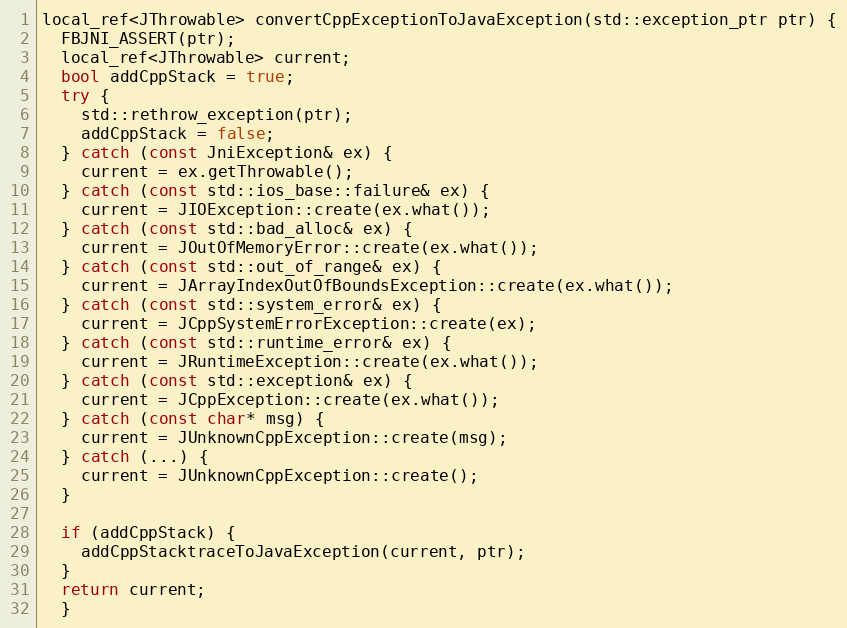
Language: C++
local_ref<JThrowable> convertCppExceptionToJavaException(std::exception_ptr ptr) {
  FBJNI_ASSERT(ptr);
  local_ref<JThrowable> current;
  bool addCppStack = true;
  try {
    std::rethrow_exception(ptr);
    addCppStack = false;
  } catch (const JniException& ex) {
    current = ex.getThrowable();
  } catch (const std::ios_base::failure& ex) {
    current = JIOException::create(ex.what());
  } catch (const std::bad_alloc& ex) {
    current = JOutOfMemoryError::create(ex.what());
  } catch (const std::out_of_range& ex) {
    current = JArrayIndexOutOfBoundsException::create(ex.what());
  } catch (const std::system_error& ex) {
    current = JCppSystemErrorException::create(ex);
  } catch (const std::runtime_error& ex) {
    current = JRuntimeException::create(ex.what());
  } catch (const std::exception& ex) {
    current = JCppException::create(ex.what());
  } catch (const char* msg) {
    current = JUnknownCppException::create(msg);
  } catch (...) {
    current = JUnknownCppException::create();
  }

  if (addCppStack) {
    addCppStacktraceToJavaException(current, ptr);
  }
  return current;
  }